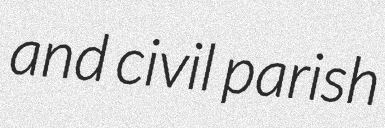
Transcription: and civil parish